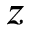
z